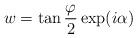
LaTeX: \begin{align*}w=\tan\frac{\varphi}{2}\exp(i\alpha)\end{align*}